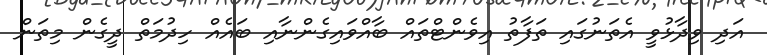
އަދި ވިދާޅުވީ އެތަނުގައި ތަފާތު އިވެންޓްތައް ބާއްވައިގެންނާއި ބައެއް ހިދުމަތް ދީގެން މިތަން